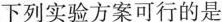
下列实验方案可行的是